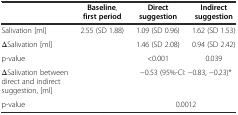
<table><thead><tr><td></td><td><b>Baseline, first period</b></td><td><b>Direct suggestion</b></td><td><b>Indirect suggestion</b></td></tr></thead><tbody><tr><td>Salivation [ml]</td><td>2.55 (SD 1.88)</td><td>1.09 (SD 0.96)</td><td>1.62 (SD 1.53)</td></tr><tr><td>ΔSalivation [ml]</td><td></td><td>1.46 (SD 2.08)</td><td>0.94 (SD 2.42)</td></tr><tr><td>p-value</td><td></td><td>&lt;0.001</td><td>0.039</td></tr><tr><td>ΔSalivation between direct and indirect suggestion, [ml]</td><td></td><td colspan="2">-0.53 (95%-CI: -0.83, -0.23)*</td></tr><tr><td>p-value</td><td></td><td colspan="2">0.0012</td></tr></tbody></table>